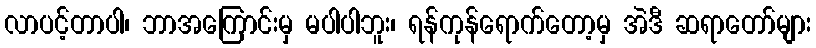
လာပင့်တာပါ၊ ဘာအကြောင်းမှ မပါပါဘူး၊ ရန်ကုန်ရောက်တော့မှ အဲဒီ ဆရာတော်များ